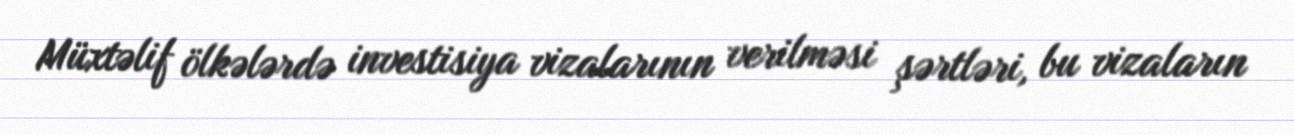
Müxtəlif ölkələrdə investisiya vizalarının verilməsi şərtləri, bu vizaların